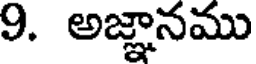
9. అజ్ఞానము